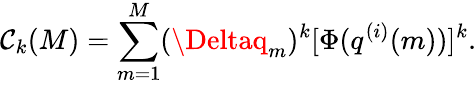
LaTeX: \mathcal{C}_{k}(M)=\sum_{m=1}^{M}(\Deltaq_{m})^{k}[\Phi(q^{(i)}(m))]^{k}.